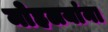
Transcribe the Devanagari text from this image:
माेहलयांना